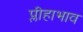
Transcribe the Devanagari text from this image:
प्लीहाभाव